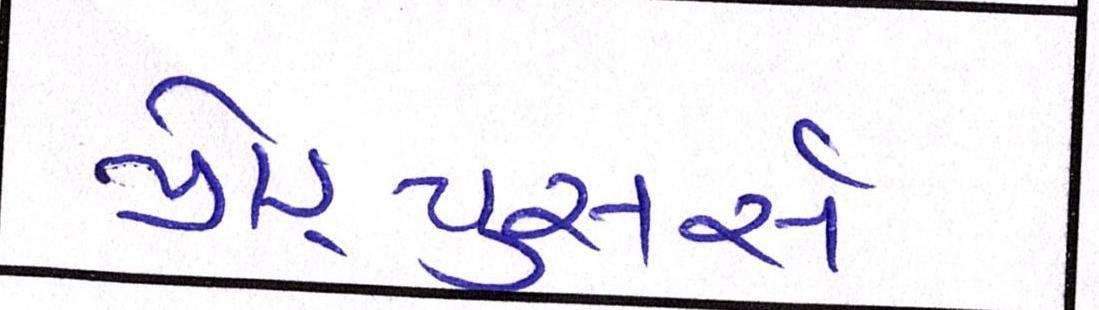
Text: પ્રોડ્યુસર્સ